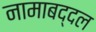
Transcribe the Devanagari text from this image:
नामाबद्दल